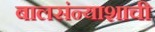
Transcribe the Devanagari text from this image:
बालसंन्याशाची